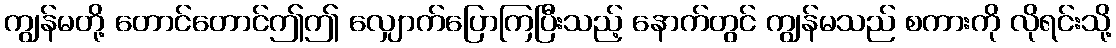
ကျွန်မတို့ တောင်တောင်ဤဤ လျှောက်ပြောကြပြီးသည့် နောက်တွင် ကျွန်မသည် စကားကို လိုရင်းသို့